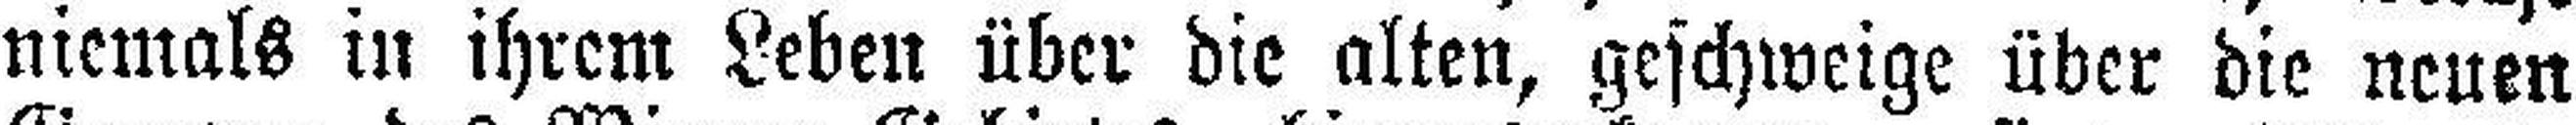
niemals in ihrem Leben über die alten, geschweige über die neuen